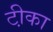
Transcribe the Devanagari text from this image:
टी़का